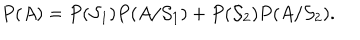
LaTeX: P ( A ) = P ( { \cal S } _ { 1 } ) P ( A / { \cal S } _ { 1 } ) + P ( { \cal S } _ { 2 } ) P ( A / { \cal S } _ { 2 } ) .